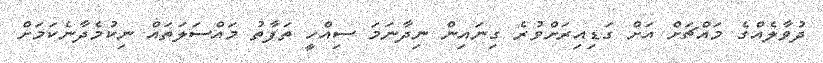
ދުވާލެއްގެ މައްޗަށް އަށް ގަޑިއިރަށްވުރެ ގިނައިން ނިދާނަމަ ސިއްހީ ތަފާތު މައްސަލަތައް ނިކުމެދާނެކަމަށް